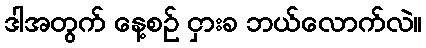
ဒါအတွက် နေ့စဉ် ငှားခ ဘယ်လောက်လဲ။